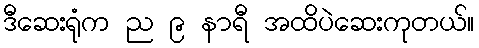
ဒီဆေးရုံက ည ၉ နာရီ အထိပဲဆေးကုတယ်။